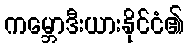
ကမ္ဘောဒီးယားနိုင်ငံ၏